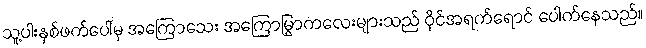
သူ့ပါးနှစ်ဖက်ပေါ်မှ အကြောသေး အကြောမြွာကလေးများသည် ဝိုင်အရက်ရောင် ပေါက်နေသည်။